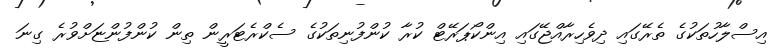
އިސްލާހުތަކުގެ ތެރޭގައި ދިވެހިރާއްޖޭގައި އިންކޯޕަރޭޓް ކުރާ ކުންފުނިތަކުގެ ސެކްރެޓަރީން ތިން ކުންފުންޏަށްވުރެ ގިނަ